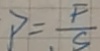
P = \frac { F } { S }